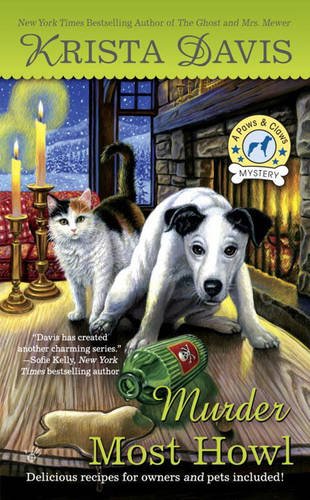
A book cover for Murder Most Howl (A Paws & Claws Mystery); Krista Davis; Mystery, Thriller & Suspense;